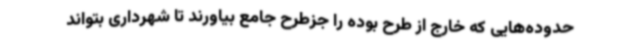
حدوده‌هایی که خارج از طرح بوده را جزطرح جامع بیاورند تا شهرداری بتواند